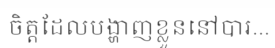
ចិត្តដែលបង្ហាញខ្លួននៅបារ...